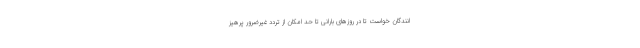
انندگان خواست تا در روزهای بارانی تا حد امکان از تردد غیرضرور پرهیز